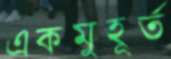
একমুহূর্ত